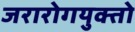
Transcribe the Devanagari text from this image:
जरारोगयुक्तो